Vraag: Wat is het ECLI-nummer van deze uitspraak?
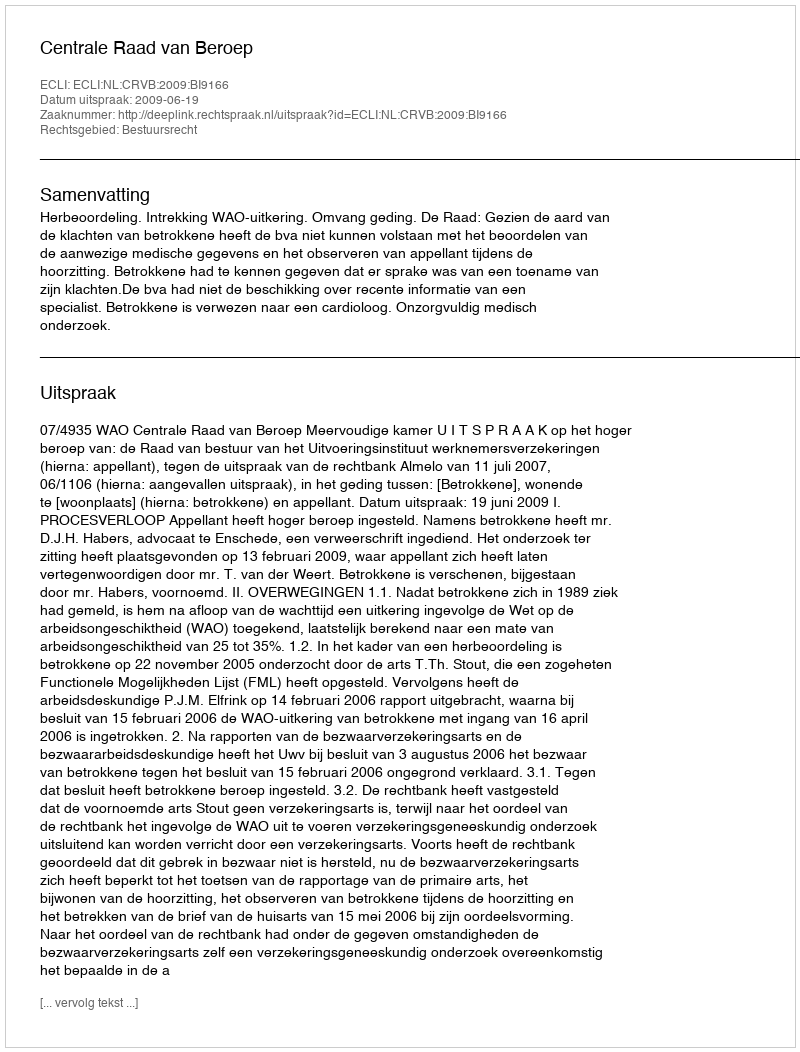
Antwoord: ECLI:NL:CRVB:2009:BI9166